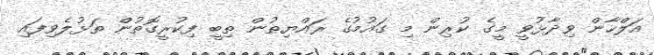
އަލްހާން ވިދާޅުވީ މީގެ ކުރިން މި ގައުމުގެ ރައްޔިތުން ތިބީ ފިކުރީގޮތުން ތަޅުލެވިފައި